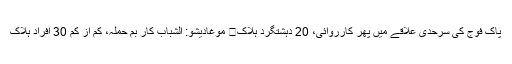
پاک فوج کی سرحدی علاقے میں پھر کارروائی، 20 دہشتگرد ہلاک	 موغادیشو: الشباب کار بم حملہ، کم از کم 30 افراد ہلاک